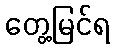
တွေ့မြင်ရ